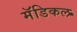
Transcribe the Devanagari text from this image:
मॅडिकल